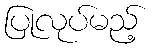
ပြုလုပ်မည့်